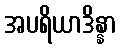
အပရိယာဒိန္နာ